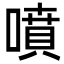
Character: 噴